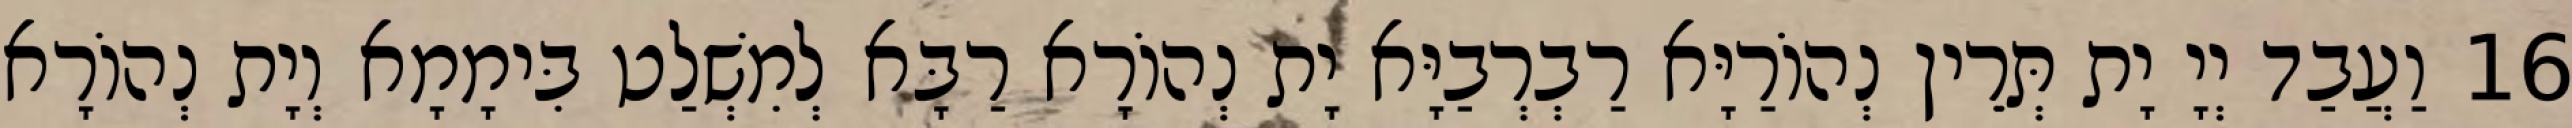
16 וַעֲבַד יְיָ יָת תְּרֵין נְהוֹרַיָּא רַבְרְבַיָּא יָת נְהוֹרָא רַבָּא לְמִשְׁלַט בִּימָמָא וְיָת נְהוֹרָא